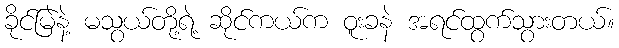
ခိုင်မြဲနဲ့ မသွယ်တို့ရဲ့ ဆိုင်ကယ်က ဝူးခနဲ အရင်ထွက်သွားတယ်။